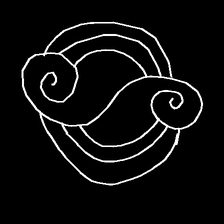
Glyph: wind-underfoot